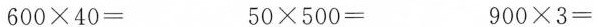
$$6 0 \times 4 0 ＝ $$ $$5 0 \times